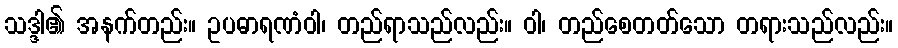
သဒ္ဒါ၏ အနက်တည်း။ ဥပဓာရဏံဝါ၊ တည်ရာသည်လည်း။ ဝါ၊ တည်စေတတ်သော တရားသည်လည်း။